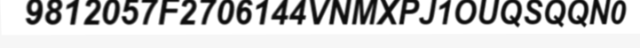
9812057F2706144VNMXPJ1OUQSQQN0